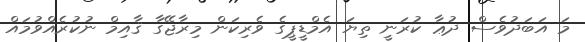
މަ އަބަދުވެސް ދުޢާ ކުރަނީ ތިޔަ އެމްޑީޕީގެ ވެރިކަން މިރާޖޭގާ ޤާއިމް ނުކުރެއްވުމައް